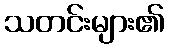
သတင်းများ၏